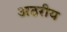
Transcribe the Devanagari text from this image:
अठरीय